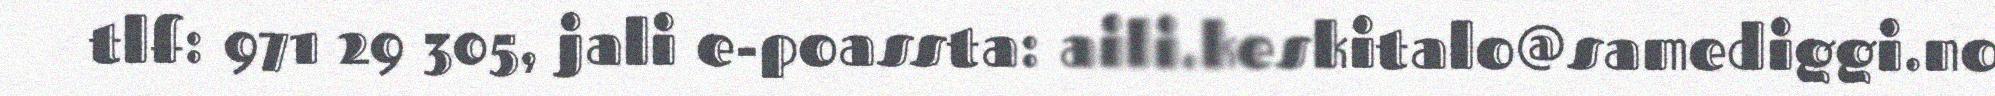
tlf: 971 29 305, jali e-poassta: aili.keskitalo@samediggi.no